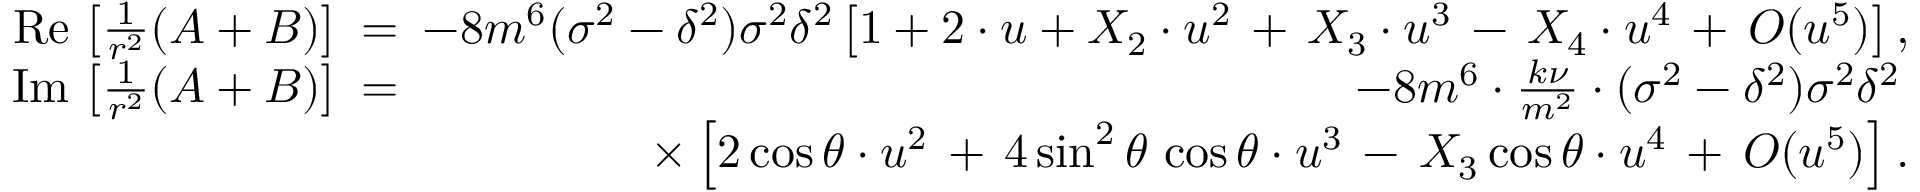
\begin{array} { r l r } { \mathrm { R e } \, \left[ \frac { 1 } { r ^ { 2 } } ( A + B ) \right] \! \! \! } & { = } & { \! \! \! - 8 m ^ { 6 } ( \sigma ^ { 2 } - \delta ^ { 2 } ) \sigma ^ { 2 } \delta ^ { 2 } \left[ 1 + 2 \cdot u + X _ { 2 } \cdot u ^ { 2 } \, + \, X _ { 3 } \cdot u ^ { 3 } \, - \, X _ { 4 } \cdot u ^ { 4 } \, + \, { \cal O } ( u ^ { 5 } ) \right] , } \\ { \mathrm { I m } \, \left[ \frac { 1 } { r ^ { 2 } } ( A + B ) \right] \! \! \! } & { = } & { \! \! \! - 8 m ^ { 6 } \cdot \frac { k \nu } { m ^ { 2 } } \cdot ( \sigma ^ { 2 } - \delta ^ { 2 } ) \sigma ^ { 2 } \delta ^ { 2 } \, } \\ & { } & { \times \left[ 2 \cos \theta \cdot u ^ { 2 } \, + \, 4 \sin ^ { 2 } \theta \, \cos \theta \cdot u ^ { 3 } \, - \, X _ { 3 } \cos \theta \cdot u ^ { 4 } \, + \, { \cal O } ( u ^ { 5 } ) \right] . } \end{array}